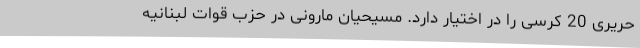
حریری 20 کرسی را در اختیار دارد. مسیحیان مارونی در حزب قوات لبنانیه